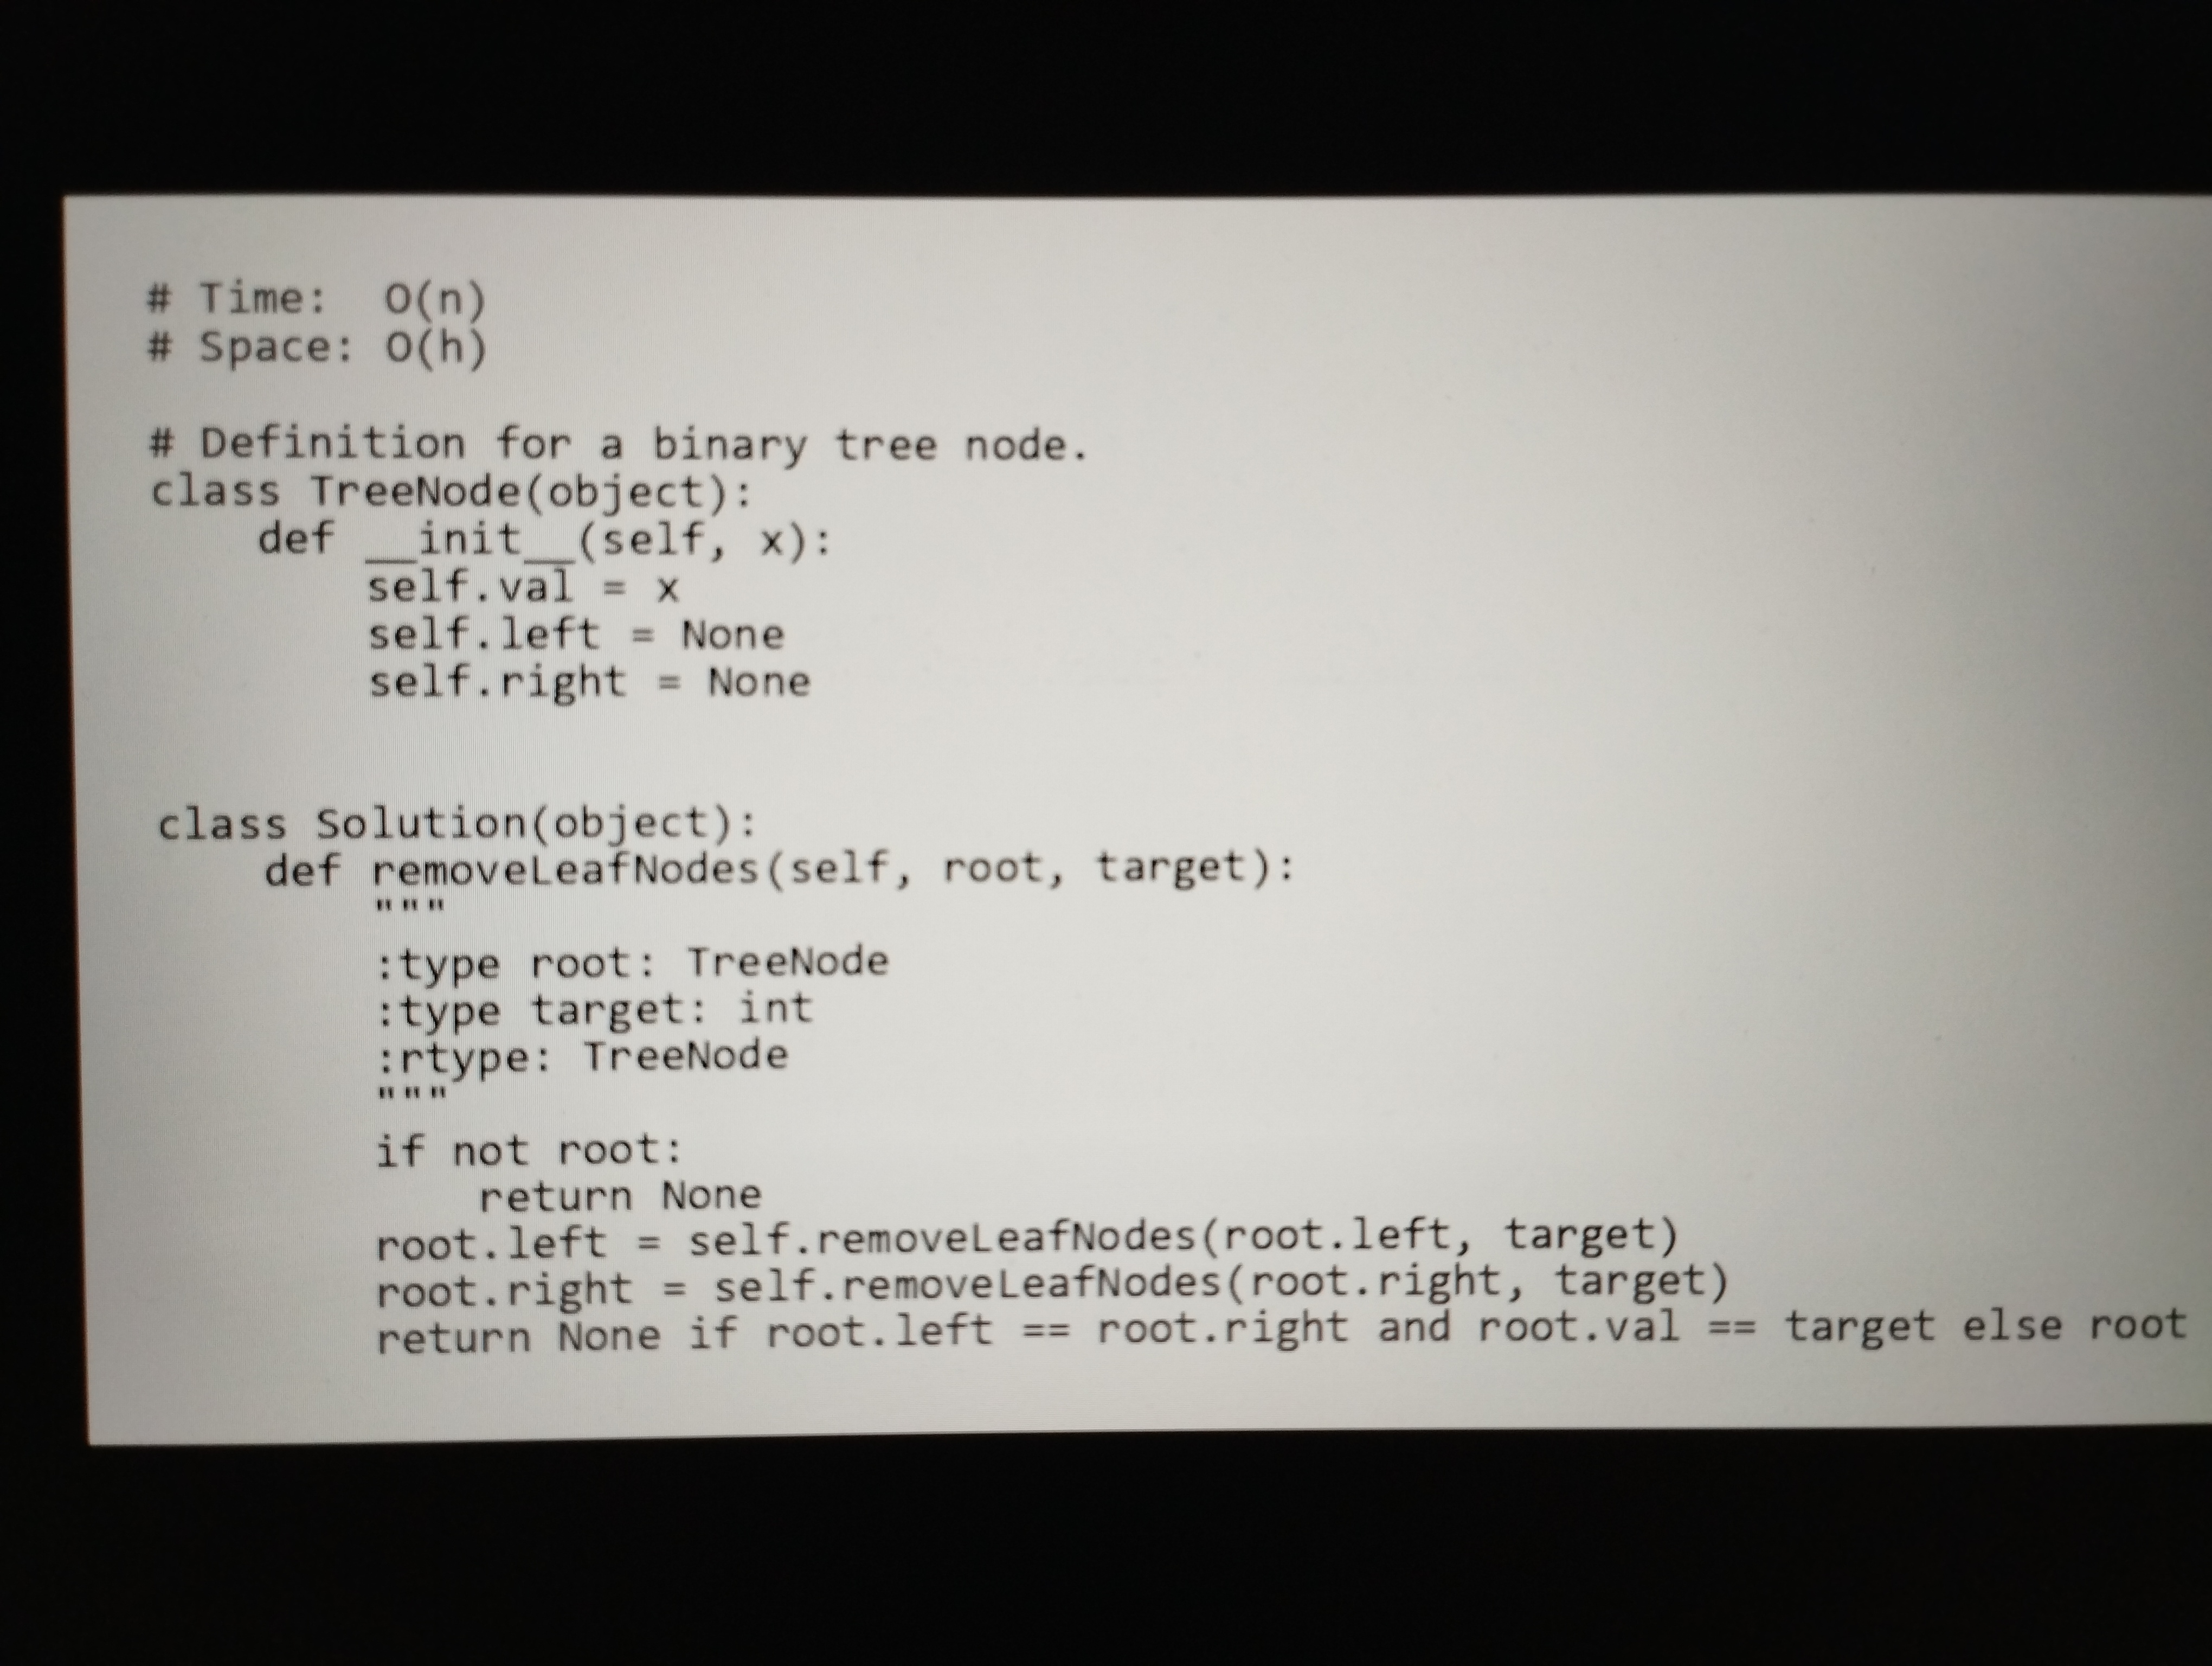
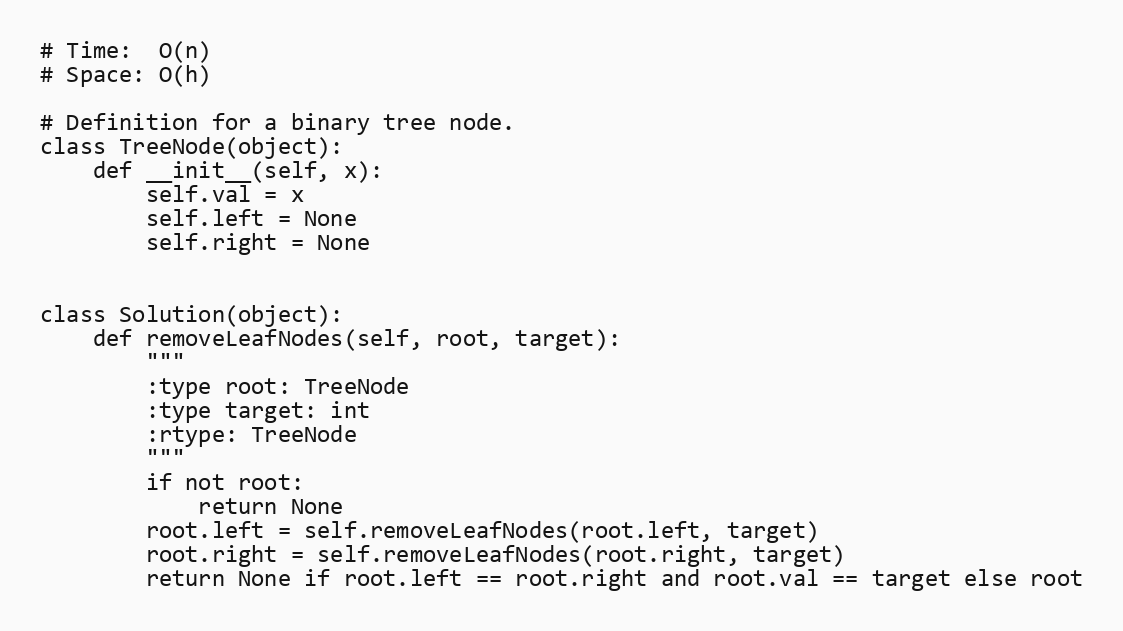
# Time:  O(n)
# Space: O(h)

# Definition for a binary tree node.
class TreeNode(object):
    def __init__(self, x):
        self.val = x
        self.left = None
        self.right = None

class Solution(object):
    def removeLeafNodes(self, root, target):
        """
        :type root: TreeNode
        :type target: int
        :rtype: TreeNode
        """
        if not root:
            return None
        root.left = self.removeLeafNodes(root.left, target)
        root.right = self.removeLeafNodes(root.right, target)
        return None if root.left == root.right and root.val == target else root